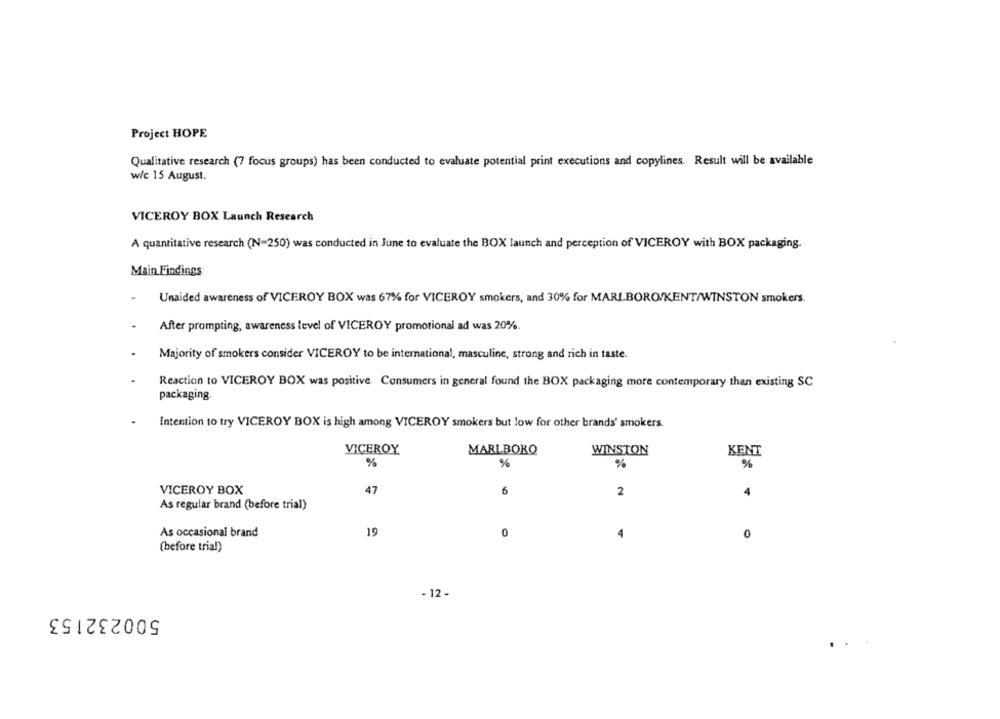
Project HOPE
Qualitative research (7 focus groups) has been conducted to evaluate potential print executions and copylines. Result will be available
w/c 15 August.
VICEROY BOX Launch Research
A quantitative research (N=250) was conducted in June to evaluate the BOX launch and perception of VICEROY with BOX packaging.
Main Findings
Unaided awareness of VICEROY BOX was 67% for VICEROY smokers, and 30% for MARLBORO/KENT/WINSTON smokers.
After prompting, awareness level of VICEROY promotional ad was 20%.
Majority of smokers consider VICEROY to be international, masculine, strong and rich in taste.
Reaction to VICEROY BOX was positive. Consumers in general found the BOX packaging more contemporary than existing SC
packaging.
Intention to try VICEROY BOX is high among VICEROY smokers but low for other brands' smokers.
VICEROY
MARLBORO
WINSTON
KENT
%
%
%
%
VICEROY BOX
47
6
2
4
As regular brand (before trial)
19
As occasional brand
0
0
(before trial)
- 12 .
500232153